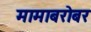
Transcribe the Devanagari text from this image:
मामाबरोबर